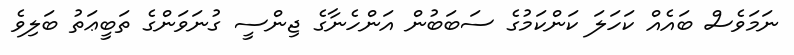
ނަމަވެސް ބައެއް ކަހަލަ ކަންކަމުގެ ސަބަބުން އަންހެނާގެ ޖިންސީ ގުނަވަންގެ ތަބީޢަތު ބަލިވެ